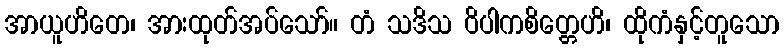
အာယူဟိတေ၊ အားထုတ်အပ်သော်။ တံ သဒိသ ဝိပါကစိတ္တေဟိ၊ ထိုကံနှင့်တူသော